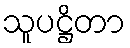
သူပဋ္ဌိတာ